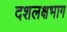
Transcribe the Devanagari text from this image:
दशलक्षभाग